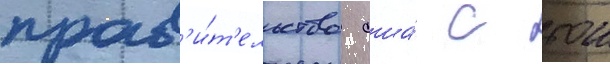
прав'и́т'ельство сша́ с тои